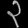
Digit: ၃